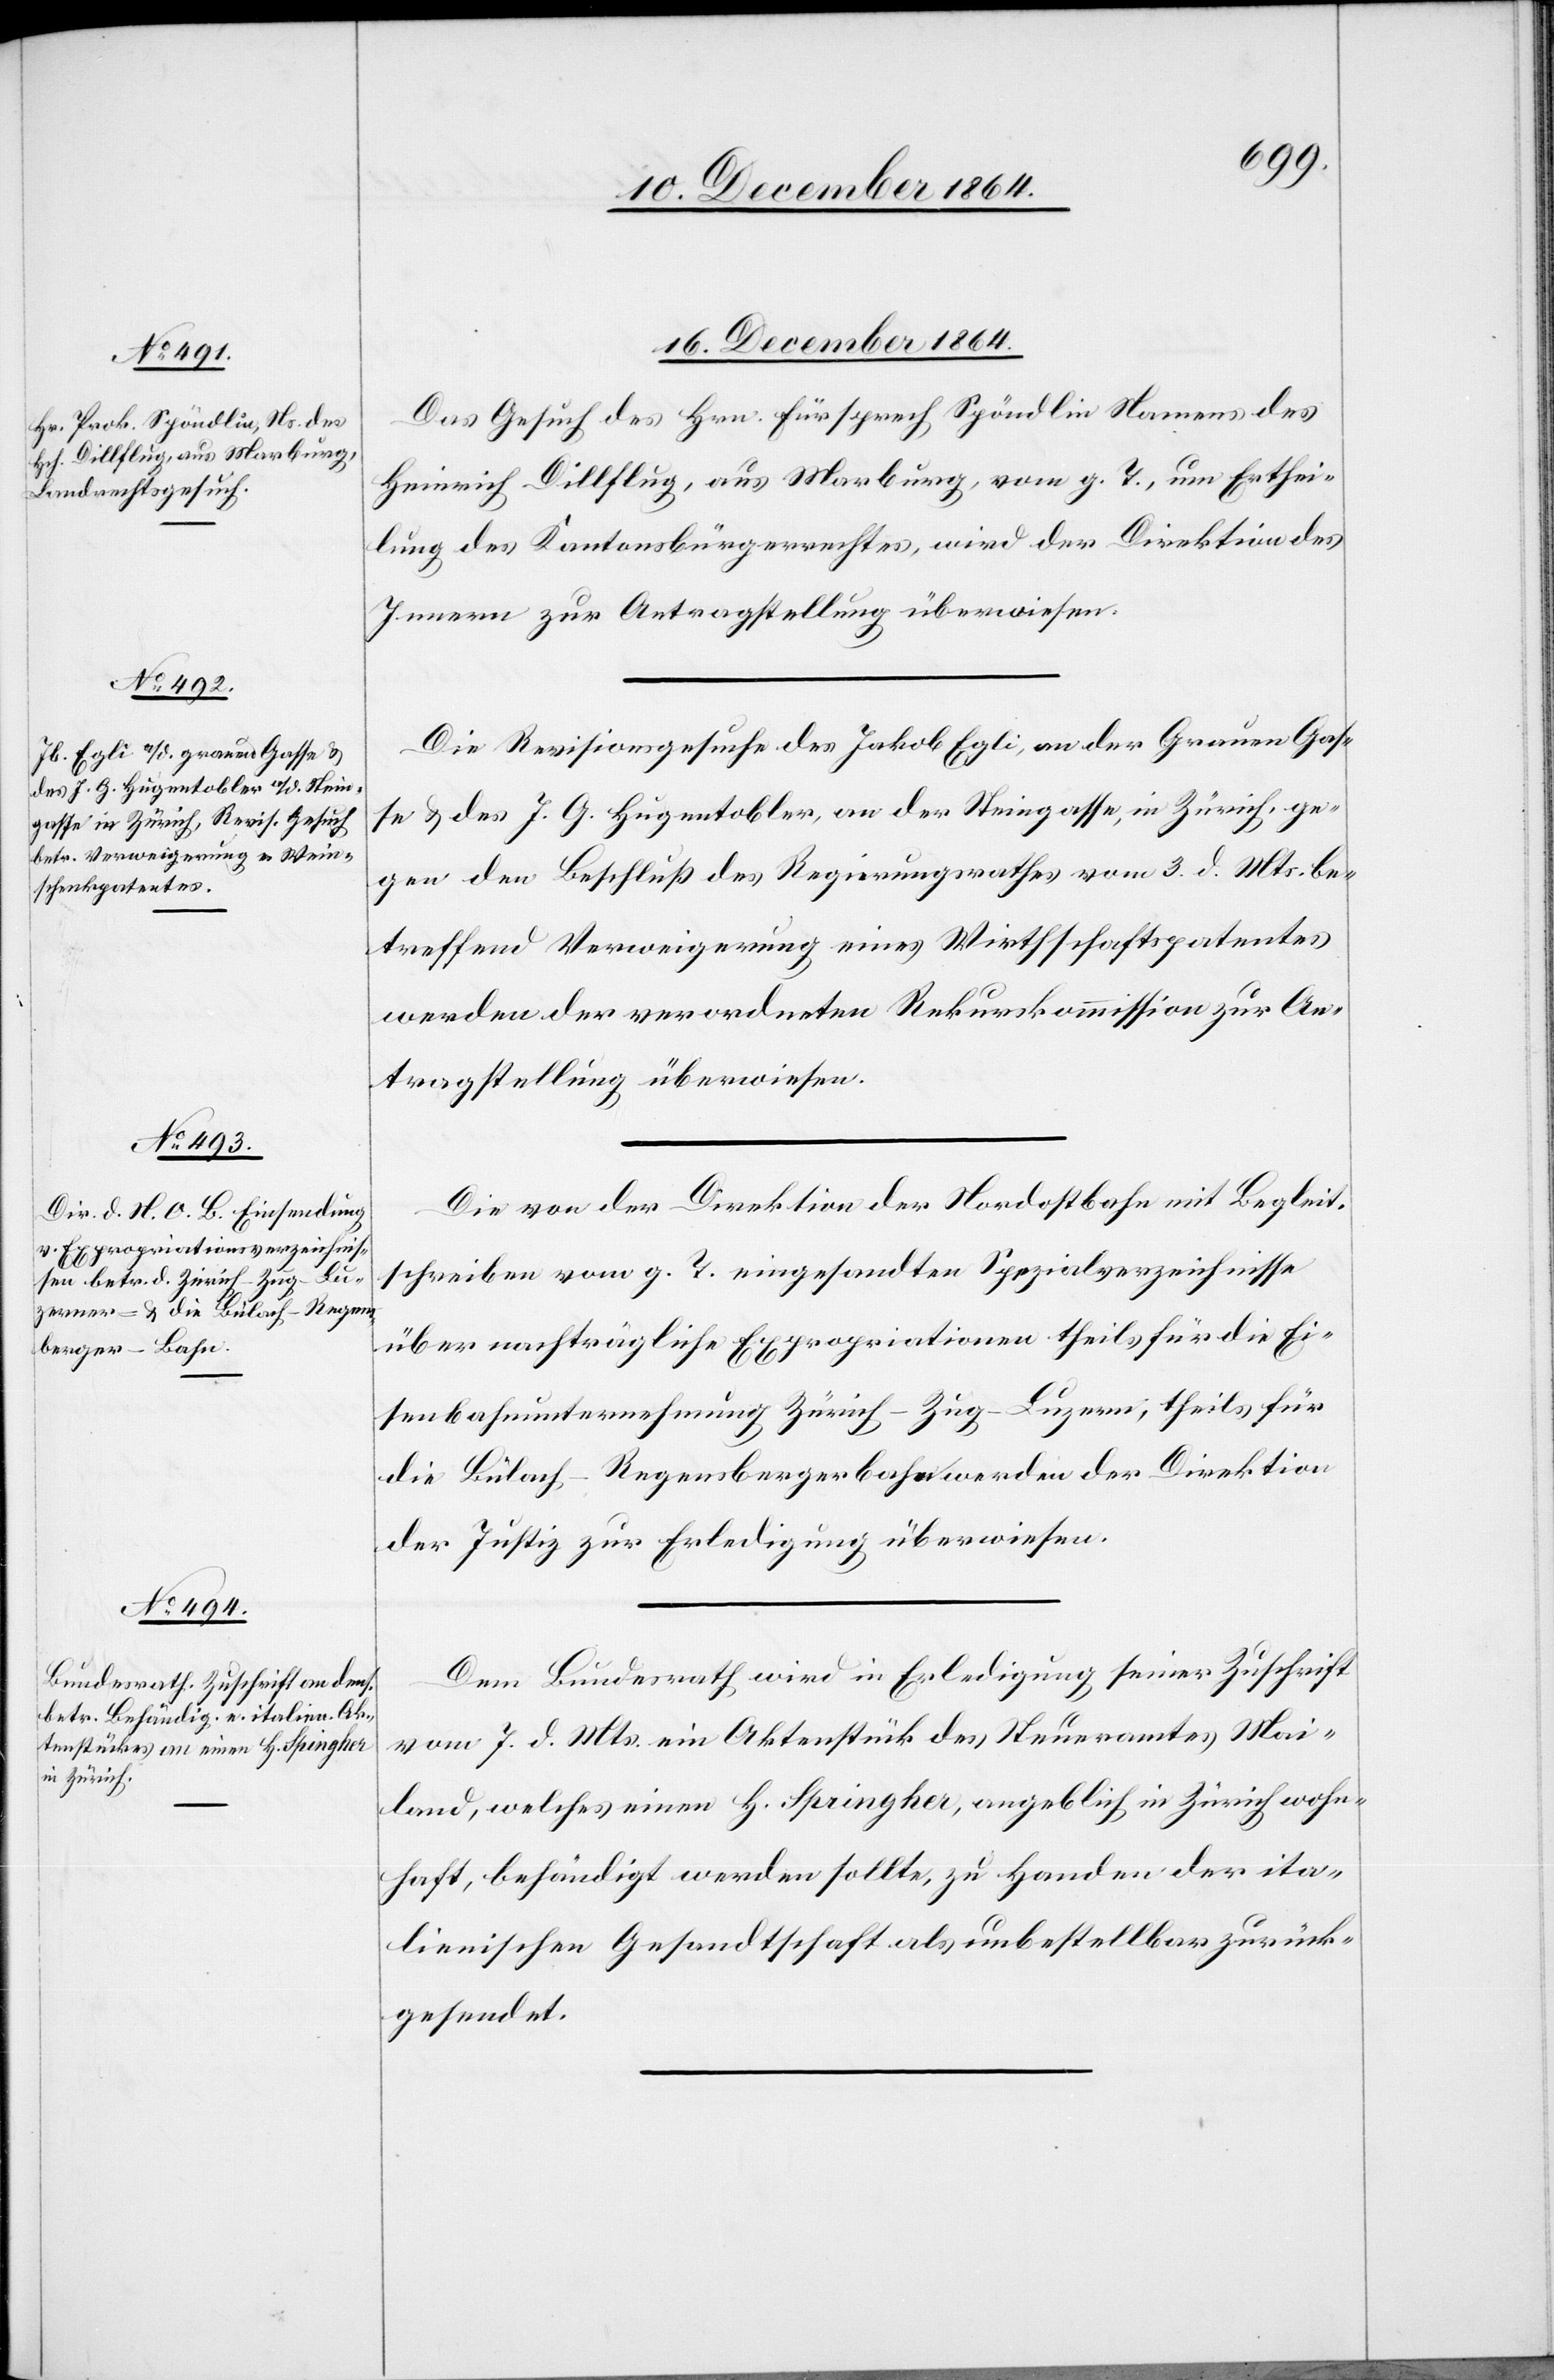
16. December 1864.]
Das Gesuch des Hrn. Fürsprech Spöndlin Namens des
Heinrich Dillflug, aus Marburg, vom g. T., um Erthei¬
lung des Kantonsbürgerrechtes, wird der Direktion des
Innern zur Antragstellung überwiesen.
Die Revisionsgesuche des Jakob Egli, an der Grauen Gas¬
se & des J. G. Hugentobler, an der Steingasse, in Zürich, ge¬
gen den Beschluß des Regierungsrathes vom 3. d. Mts. be¬
treffend Verweigerung eines Wirthschaftspatentes
werden der verordneten Rekurskommission zur An¬
tragstellung überwiesen.
Die von der Direktion der Nordostbahn mit Begleit¬
schreiben vom g. T. eingesandten Spezialverzeichnisse
über nachträgliche Expropriationen theils für die Ei¬
senbahnunternehmung Zürich–Zug–Luzern, theils für
die Bülach–Regensbergerbahn werden der Direktion
der Justiz zur Erledigung überwiesen.
Dem Bundesrath wird in Erledigung seiner Zuschrift
vom 7. d. Mts. eine Aktenstück des Steueramtes Mai¬
land, welches einen [sic!] H. Springher, angeblich in Zürich wohn¬
haft, behändigt werden sollte, zu Handen der ita¬
lienischen Gesandtschaft als unbestellbar zurück¬
gesendet.